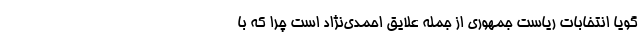
گویا انتخابات ریاست جمهوری از جمله علایق احمدی‌نژاد است چرا که با